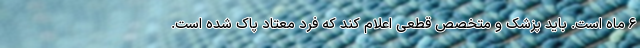
۶ ماه است. باید پزشک و متخصص قطعی اعلام کند که فرد معتاد پاک شده است.